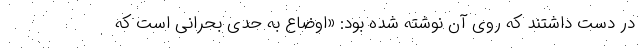
در دست داشتند که روی آن نوشته شده بود: «اوضاع به حدی بحرانی است که